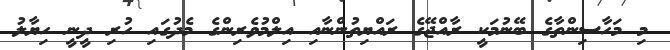
މި މަހާސިންތާގެ ބޭނުމަކީ ރާއްޖޭގެ ރައްޔިތުންނާއި އިލްމުވެރިންގެ މެދުގައި ހުރި ދީނީ ހިޔާލު